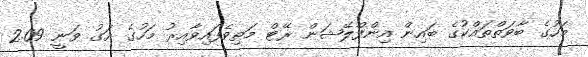
މަހުގެ ބާވަތްތައްކުގެ ބައިން އިންފްލޭޝަން ރޭޓް މަތިވެފައިވާއިރު މަހުގެ އަގު ވަނީ 2.09